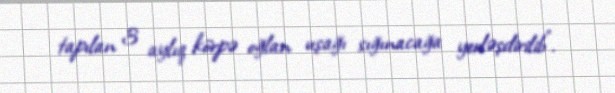
tapılan 3 aylıq körpə oğlan uşağı sığınacağa yerləşdirilib".